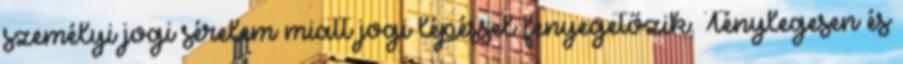
személyi jogi sérelem miatt jogi lépéssel fenyegetőzik. Ténylegesen és